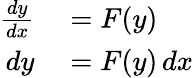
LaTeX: \begin{array}{rl}{{\frac{dy}{dx}}}&{{}=F(y)}\\ {dy}&{{}=F(y)\, dx}\end{array}